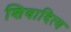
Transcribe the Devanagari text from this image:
शिवादित्य